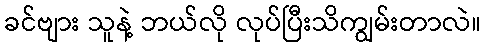
ခင်ဗျား သူနဲ့ ဘယ်လို လုပ်ပြီးသိကျွမ်းတာလဲ။